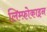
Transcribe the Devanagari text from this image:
लिम्फ़ोकाइन